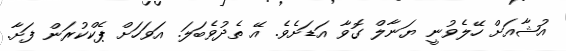
އުޝާއަށް ހޭލެވުނީ ޔަނާލް ގޮވާ އަޑަށެވެ. އޭ ތެދުވެބަލަ. އަވަހަށް ޕެކްކުރަން ފަށާ.